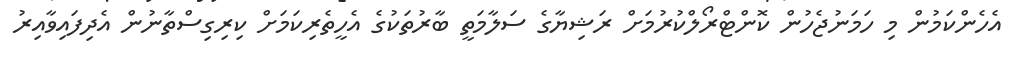
އެހެންކަމުން މި ހަމަނުޖެހުން ކޮންޓްރޯލްކުރުމަށް ރަޝިޔާގެ ސަލާމަތީ ބާރުތަކުގެ އެހީތެރިކަމަށް ކިރިގިސްތާނުން އެދިފައިވާއިރު